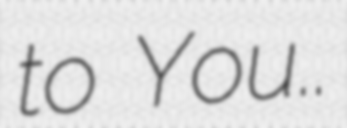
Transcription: to You..